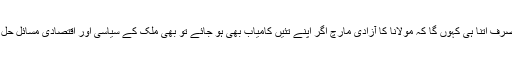
آخر میں میں صرف اتنا ہی کہوں گا کہ مولانا کا آزادی مارچ اگر اپنے تئیں کامیاب بھی ہو جائے تو بھی ملک کے سیاسی اور اقتصادی مسائل حل نہیں ہوں گے۔